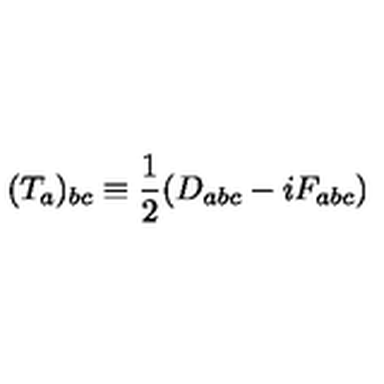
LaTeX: ( T _ { a } ) _ { b c } \equiv \frac { 1 } { 2 } ( D _ { a b c } - i F _ { a b c } )